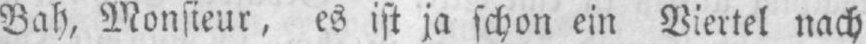
Bah, Monsieur, es ist ja schon ein Viertel nach